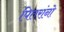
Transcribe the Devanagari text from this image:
पितरांनो